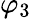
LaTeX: \varphi_{3}